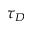
\tau _ { D }